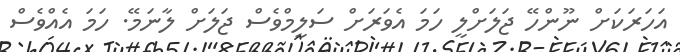
އަހަރަކަށް ނޫންހޭ ޖަލަށްލީ ހަމަ އެވަރަށް ސަލީމްވެސް ޖަލަށް ލާނަމޭ. ހަމަ އެއްވެސް